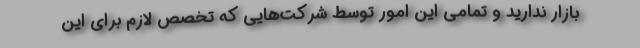
بازار ندارید و تمامی این امور توسط شرکت‌هایی که تخصص لازم برای این